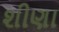
શીણા